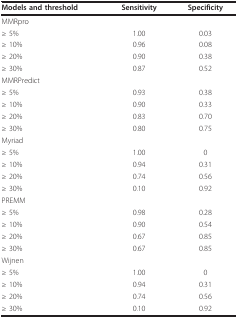
<table><thead><tr><td><b>Models and threshold</b></td><td><b>Sensitivity</b></td><td><b>Specificity</b></td></tr></thead><tbody><tr><td>MMRpro</td><td></td><td></td></tr><tr><td>≥ 5%</td><td>1.00</td><td>0.03</td></tr><tr><td>≥ 10%</td><td>0.96</td><td>0.08</td></tr><tr><td>≥ 20%</td><td>0.90</td><td>0.38</td></tr><tr><td>≥ 30%</td><td>0.87</td><td>0.52</td></tr><tr><td>MMRPredict</td><td></td><td></td></tr><tr><td>≥ 5%</td><td>0.93</td><td>0.38</td></tr><tr><td>≥ 10%</td><td>0.90</td><td>0.33</td></tr><tr><td>≥ 20%</td><td>0.83</td><td>0.70</td></tr><tr><td>≥ 30%</td><td>0.80</td><td>0.75</td></tr><tr><td>Myriad</td><td></td><td></td></tr><tr><td>≥ 5%</td><td>1.00</td><td>0</td></tr><tr><td>≥ 10%</td><td>0.94</td><td>0.31</td></tr><tr><td>≥ 20%</td><td>0.74</td><td>0.56</td></tr><tr><td>≥ 30%</td><td>0.10</td><td>0.92</td></tr><tr><td>PREMM</td><td></td><td></td></tr><tr><td>≥ 5%</td><td>0.98</td><td>0.28</td></tr><tr><td>≥ 10%</td><td>0.90</td><td>0.54</td></tr><tr><td>≥ 20%</td><td>0.67</td><td>0.85</td></tr><tr><td>≥ 30%</td><td>0.67</td><td>0.85</td></tr><tr><td>Wijnen</td><td></td><td></td></tr><tr><td>≥ 5%</td><td>1.00</td><td>0</td></tr><tr><td>≥ 10%</td><td>0.94</td><td>0.31</td></tr><tr><td>≥ 20%</td><td>0.74</td><td>0.56</td></tr><tr><td>≥ 30%</td><td>0.10</td><td>0.92</td></tr></tbody></table>